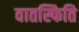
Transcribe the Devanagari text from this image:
वातस्फिति